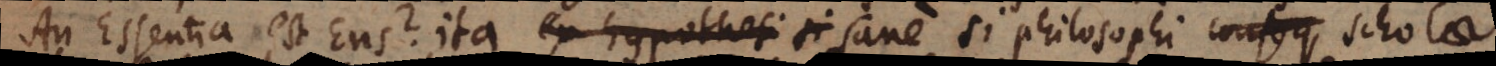
An Essentia est Ens? Ita ex hypothesi si sane si philosophi conseq scholae